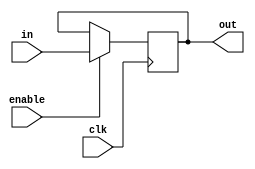
`timescale 1ns / 1ps

module faregn #(parameter WIDTH = 32)(
input [WIDTH-1:0] in,
input enable,
input clk,
output reg [WIDTH-1:0] out
    );
always@(posedge clk)
begin
if(enable)
    begin
    out=in;
    end
else
    begin
    out=out;
    end
end
endmodule